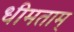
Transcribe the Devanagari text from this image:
धीमताम्‌